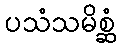
ပသံသမိစ္ဆံ